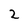
Character: 2